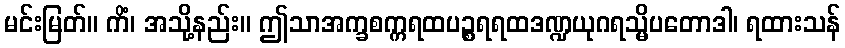
မင်းမြတ်။ ကိံ၊ အသို့နည်း။ ဤသာအက္ခစက္ကရထပဉ္စရရထဒဏ္ဍယုဂရသ္မိပတောဒါ၊ ရထားသန်